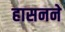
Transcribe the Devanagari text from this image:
हासनने